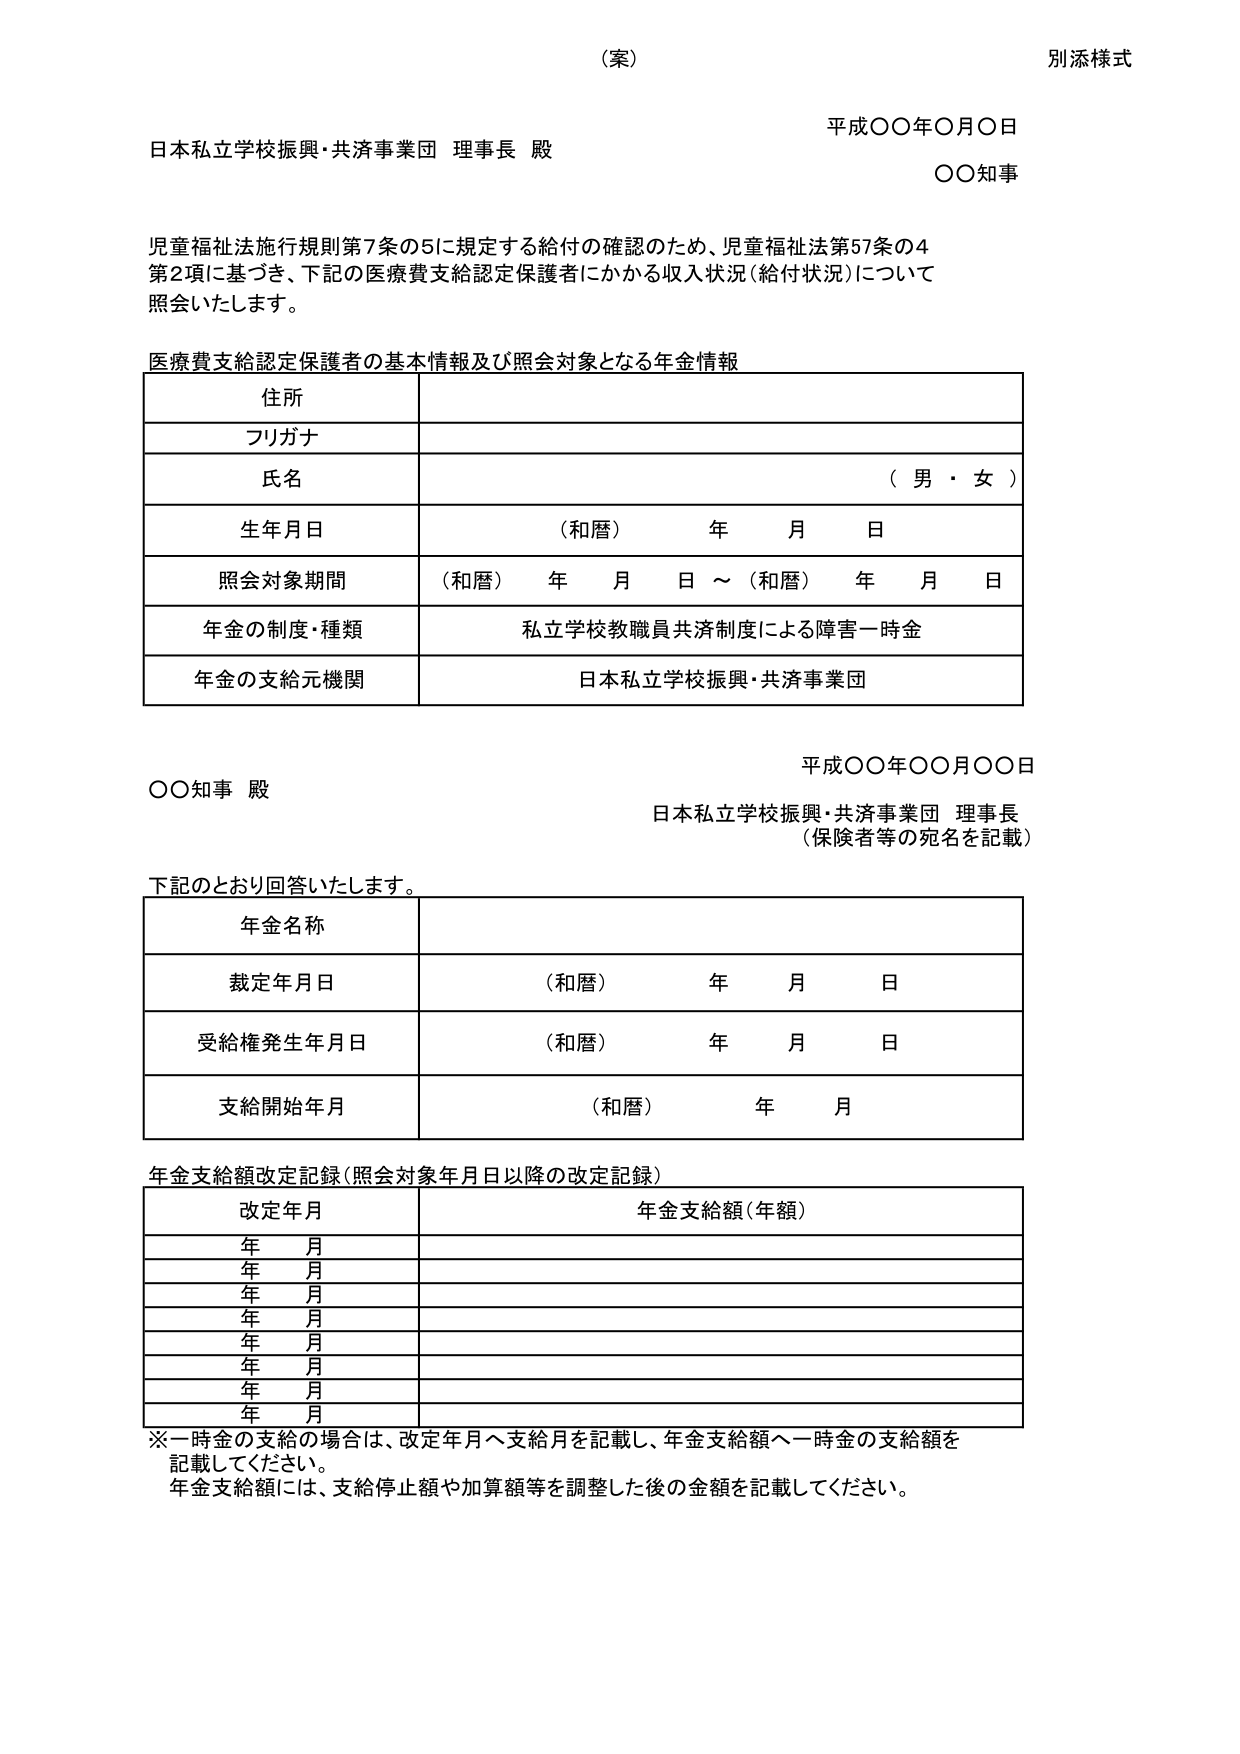
（案）
別添様式

平成〇〇年〇月〇日
日本私立学校振興・共済事業団 理事長 殿
〇〇知事

児童福祉法施行規則第7条の5に規定する給付の確認のため、児童福祉法第57条の4
第2項に基づき、下記の医療費支給認定保護者にかかる収入状況（給付状況）について
照会いたします。

医療費支給認定保護者の基本情報及び照会対象となる年金情報

住所
フリガナ
氏名 （男・女）
生年月日 （和暦） 年 月 日
照会対象期間 （和暦） 年 月 日 ～ （和暦） 年 月 日
年金の制度・種類 私立学校教職員共済制度による障害一時金
年金の支給元機関 日本私立学校振興・共済事業団

平成〇〇年〇〇月〇〇日
〇〇知事 殿
日本私立学校振興・共済事業団 理事長
（保険者等の宛名を記載）

下記のとおり回答いたします。

年金名称
裁定年月日 （和暦） 年 月 日
受給権発生年月日 （和暦） 年 月 日
支給開始年月 （和暦） 年 月

年金支給額改定記録（照会対象年月日以降の改定記録）

改定年月 年金支給額（年額）
年 月
年 月
年 月
年 月
年 月
年 月
年 月
年 月

※一時金の支給の場合は、改定年月へ支給月を記載し、年金支給額へ一時金の支給額を
記載してください。
年金支給額には、支給停止額や加算額等を調整した後の金額を記載してください。